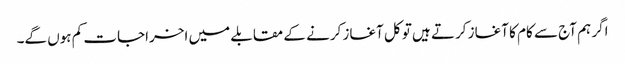
اگر ہم آج سے کام کا آغاز کرتے ہیں تو کل آغاز کرنے کے مقابلے میں اخراجات کم ہوں گے۔